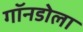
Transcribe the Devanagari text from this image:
गॉनडोला